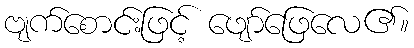
ဗျက်စောင်းဖြင့် ဖျော်ဖြေလေ၏။